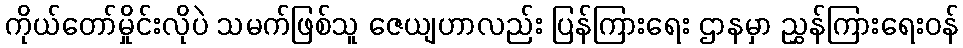
ကိုယ်တော်မှိုင်းလိုပဲ သမက်ဖြစ်သူ ဇေယျဟာလည်း ပြန်ကြားရေး ဌာနမှာ ညွှန်ကြားရေးဝန်